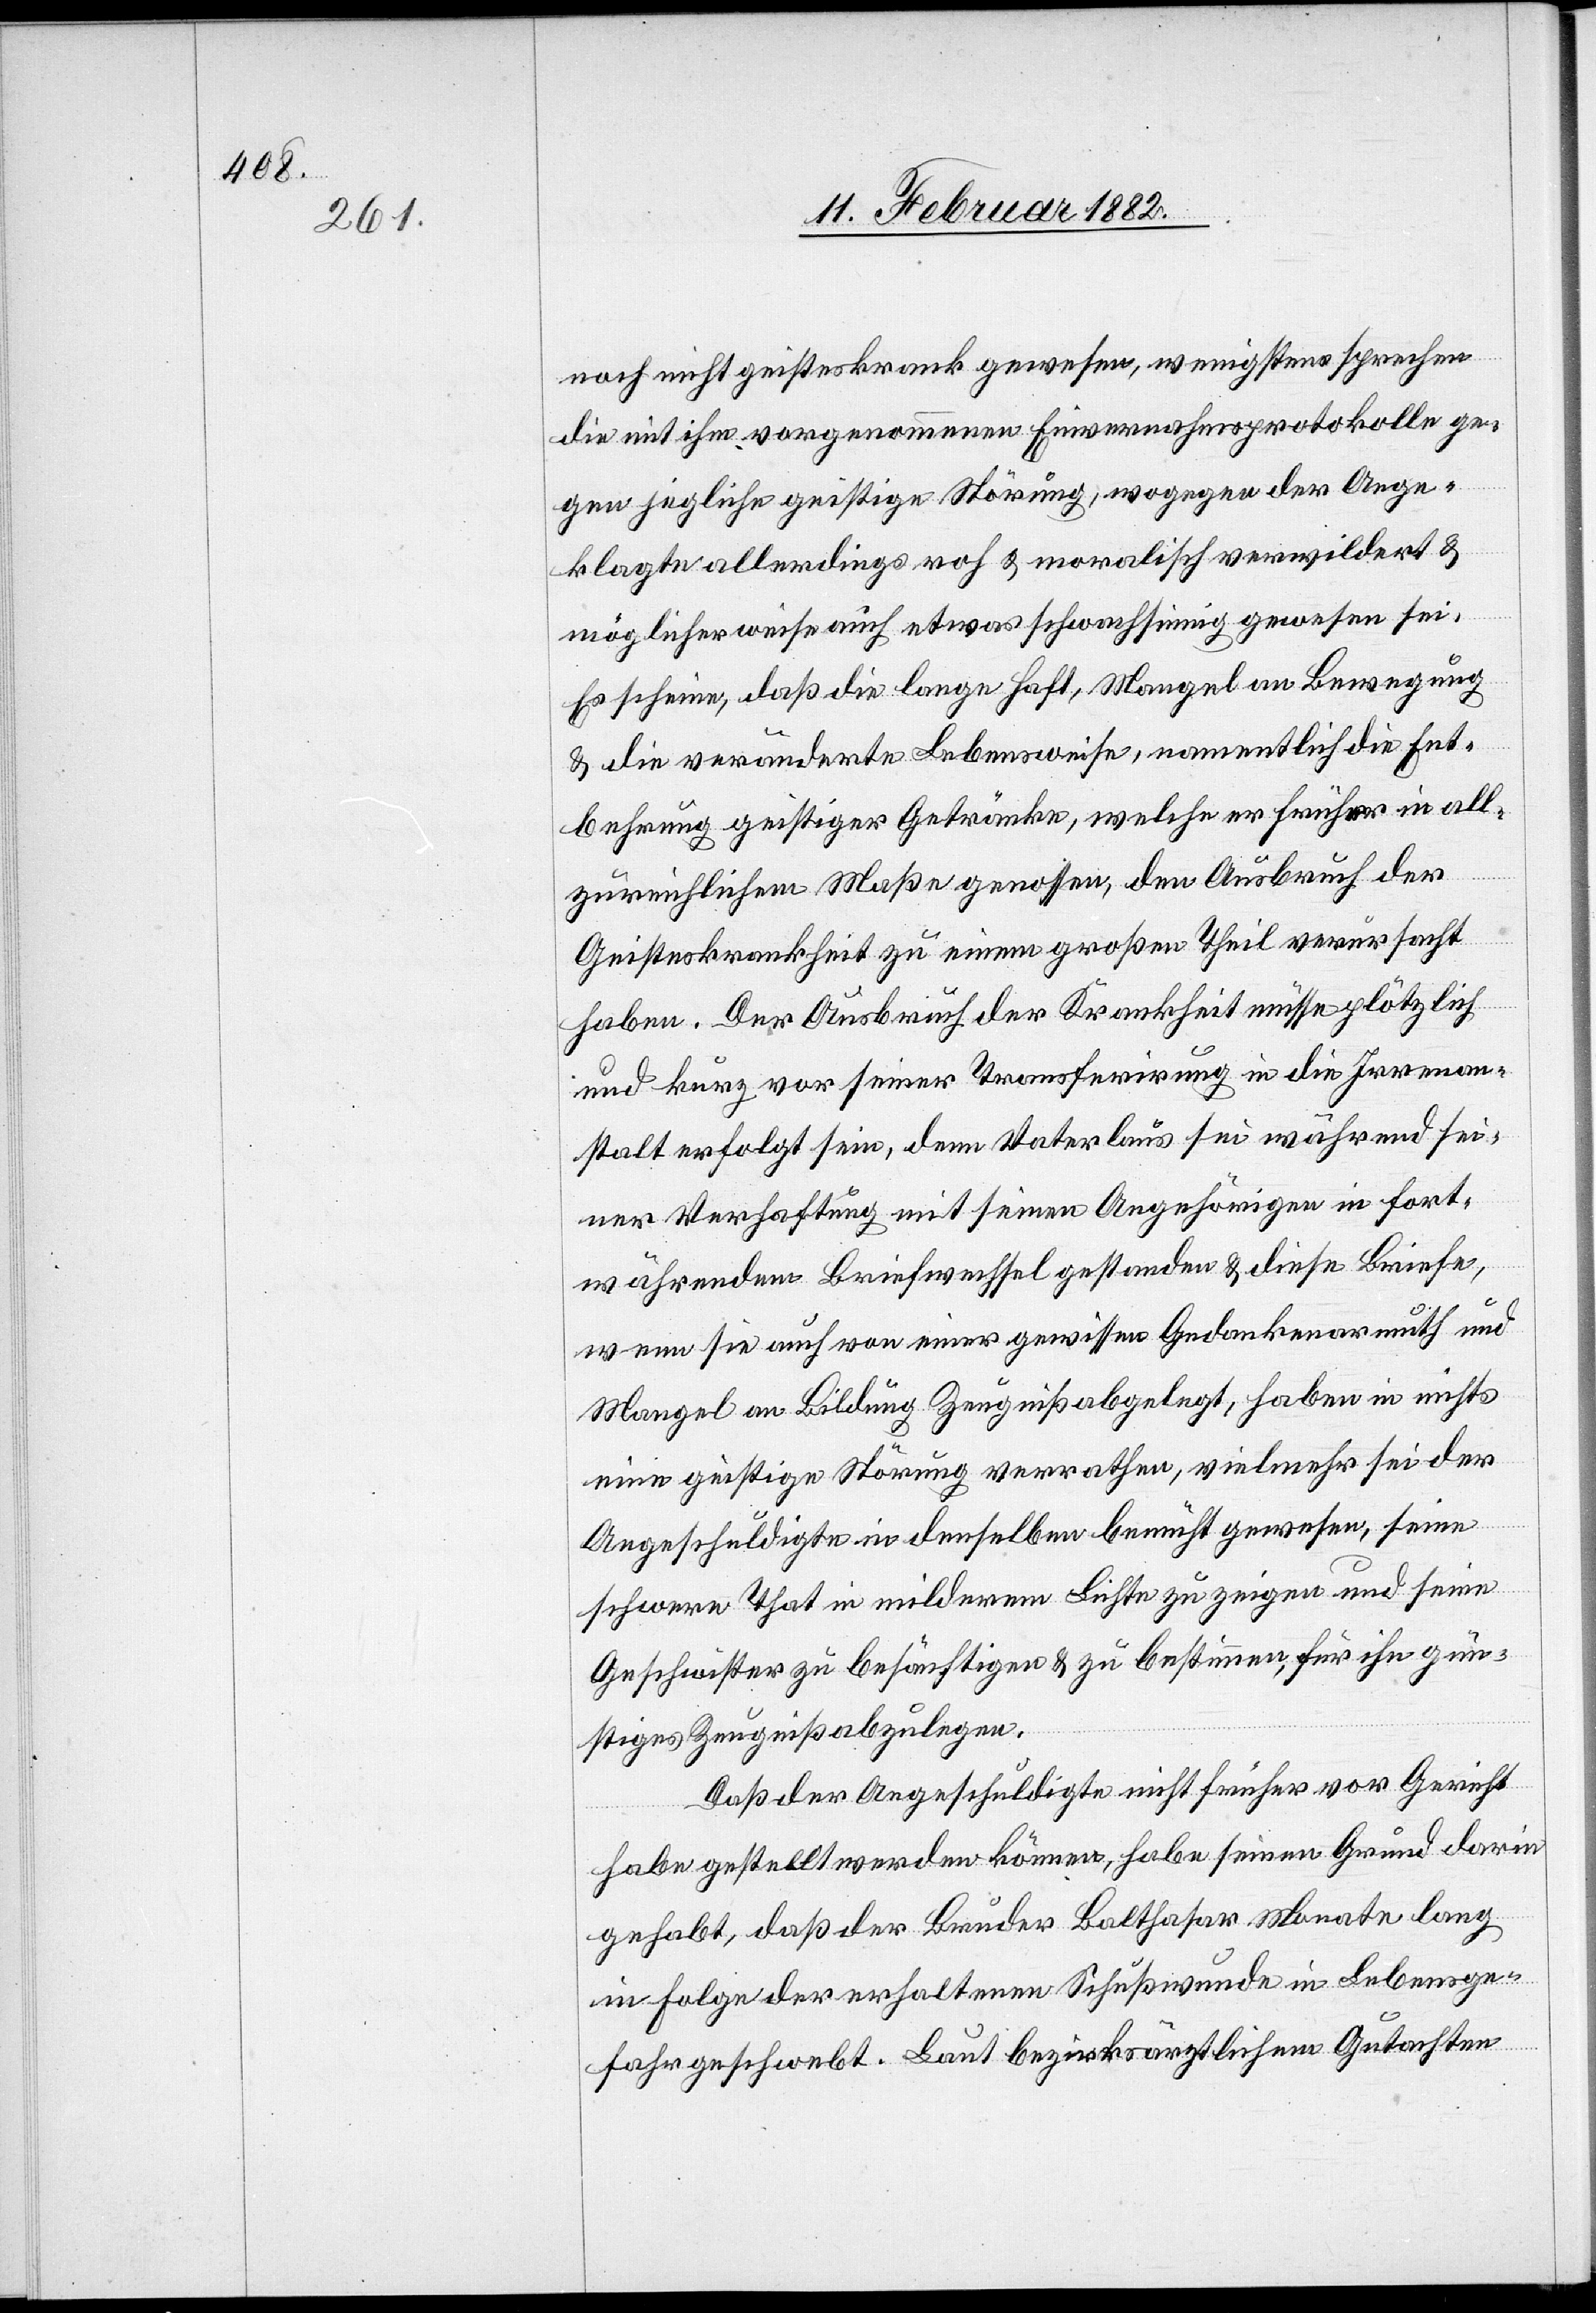
noch nicht geisteskrank gewesen, wenigstens sprechen
die mit ihm vorgenommenen Einvernahmsprotokolle ge¬
gen jegliche geistige Störung; wogegen der Ange¬
klagte allerdings roh & moralisch verwildert &
möglicherweise auch etwas schwachsinnig gewesen sei.
Es scheine, daß die lange Haft, Mangel an Bewegung
& die veränderte Lebensweise, namentlich die Ent¬
behrung geistiger Getränke, welche er früher in all¬
zu reichlichem Maße genossen, den Ausbruch der
Geisteskrankheit zu einem großen Theil verursacht
haben. Der Ausbruch der Krankheit müsse plötzlich
und kurz vor seiner Transferierung in die Irrenan¬
stalt erfolgt sein, denn Vaterlaus sei während sei¬
ner Verhaftung mit seinen Angehörigen in fort¬
währendem Briefwechsel gestanden & diese Briefe,
wenn sie auch von einer gewissen Gedankenarmuth und
Mangel an Bildung Zeugniß abgelegt haben in nichts
eine geistige Störung verrathen, vielmehr sei der
Angeschuldigte in denselben bemüht gewesen, seine
schwere That in milderndem Lichte zu zeigen und seine
Geschwister zu besänftigen & zu bestimmen, für ihn gün¬
stiges Zeugniß abzulegen.
Daß der Angeschuldigte nicht früher vor Gericht
habe gestellt werden können, habe seinen Grund darin
gehabt, daß der Bruder Balthasar Monate lang
in Folge der erhaltenen Schußwunde in Lebensge¬
fahr geschwebt. Laut bezirksräthlichen Gutachten